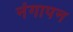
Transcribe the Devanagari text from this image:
नंगापन